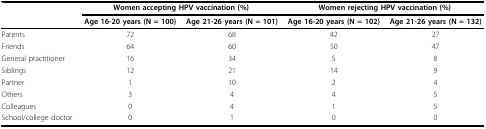
<table><thead><tr><td></td><td colspan="2"><b>Women accepting HPV vaccination (%)</b></td><td colspan="2"><b>Women rejecting HPV vaccination (%)</b></td></tr><tr><td></td><td><b>Age 16-20 years (N = 100)</b></td><td><b>Age 21-26 years (N = 101)</b></td><td><b>Age 16-20 years (N = 102)</b></td><td><b>Age 21-26 years (N = 132)</b></td></tr></thead><tbody><tr><td>Parents</td><td>72</td><td>68</td><td>42</td><td>27</td></tr><tr><td>Friends</td><td>64</td><td>60</td><td>50</td><td>47</td></tr><tr><td>General practitioner</td><td>16</td><td>34</td><td>5</td><td>8</td></tr><tr><td>Siblings</td><td>12</td><td>21</td><td>14</td><td>9</td></tr><tr><td>Partner</td><td>1</td><td>10</td><td>2</td><td>4</td></tr><tr><td>Others</td><td>3</td><td>4</td><td>4</td><td>5</td></tr><tr><td>Colleagues</td><td>0</td><td>4</td><td>1</td><td>5</td></tr><tr><td>School/college doctor</td><td>0</td><td>1</td><td>0</td><td>0</td></tr></tbody></table>